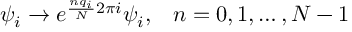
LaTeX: \psi _ { i } \to e ^ { \frac { n q _ { i } } { N } 2 \pi i } \psi _ { i } , \; \; \; n = 0 , 1 , \ldots , N - 1